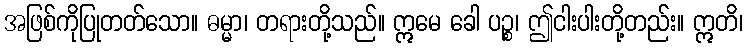
အဖြစ်ကိုပြုတတ်သော။ ဓမ္မာ၊ တရားတို့သည်။ ဣမေ ခေါ ပဉ္စ၊ ဤငါးပါးတို့တည်း။ ဣတိ၊